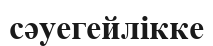
сәуегейлікке